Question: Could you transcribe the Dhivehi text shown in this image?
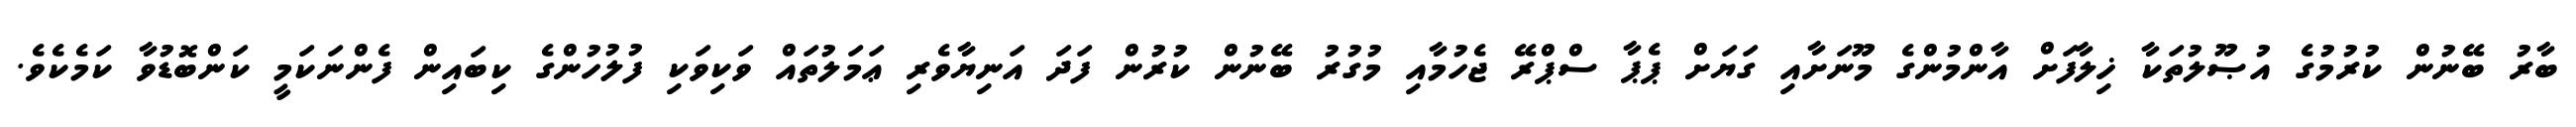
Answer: ބާރު ބޭނުން ކުރުމުގެ އުޞޫލުތަކާ ޚިލާފަށް އާންމުންގެ މޫނަށާއި ގަޔަށް ޕެޕާ ސްޕްރޭ ޖެހުމާއި މުގުރު ބޭނުން ކުރުން ފަދަ އަނިޔާވެރި ޢަމަލުތައް ވަކިވަކި ފުލުހުންގެ ކިބައިން ފެންނަކަމީ ކަންބޮޑުވާ ކަމެކެވެ.